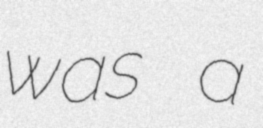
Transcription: was a